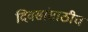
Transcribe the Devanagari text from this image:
दिवसांसाठीच